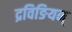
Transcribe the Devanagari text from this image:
द्रविङियन्